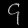
Digit: ၄